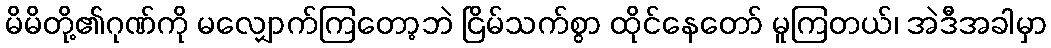
မိမိတို့၏ဂုဏ်ကို မလျှောက်ကြတော့ဘဲ ငြိမ်သက်စွာ ထိုင်နေတော် မူကြတယ်၊ အဲဒီအခါမှာ